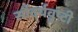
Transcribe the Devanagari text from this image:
सौंदर्यवृष्टी